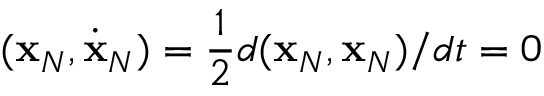
( { \bf x } _ { N } , \dot { \bf x } _ { N } ) = \frac 1 2 d ( { \bf x } _ { N } , { \bf x } _ { N } ) / d t = 0